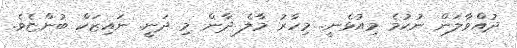
ދުއްވާލަން ނުކުމެ މިއުޅެނީ. މިހާރު މާލެ ދާން މި ދަނީ. ނައިޒަކް ބުންޏެވެ.